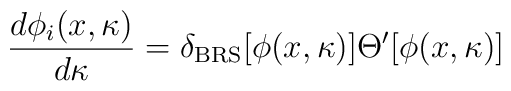
{d\phi_i(x,\kappa)\over{d\kappa}}=\delta_{\rm BRS}[\phi(x,\kappa)]\Theta^\prime[\phi(x,\kappa)]